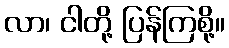
လာ၊ ငါတို့ ပြန်ကြစို့။